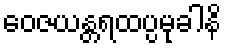
ဝေဇယန္တရထပ္ပမုခါနိ